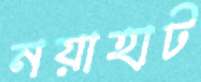
নয়াহাট